Medical and sanitary report of the native army of Madras for the year
Year: 1875
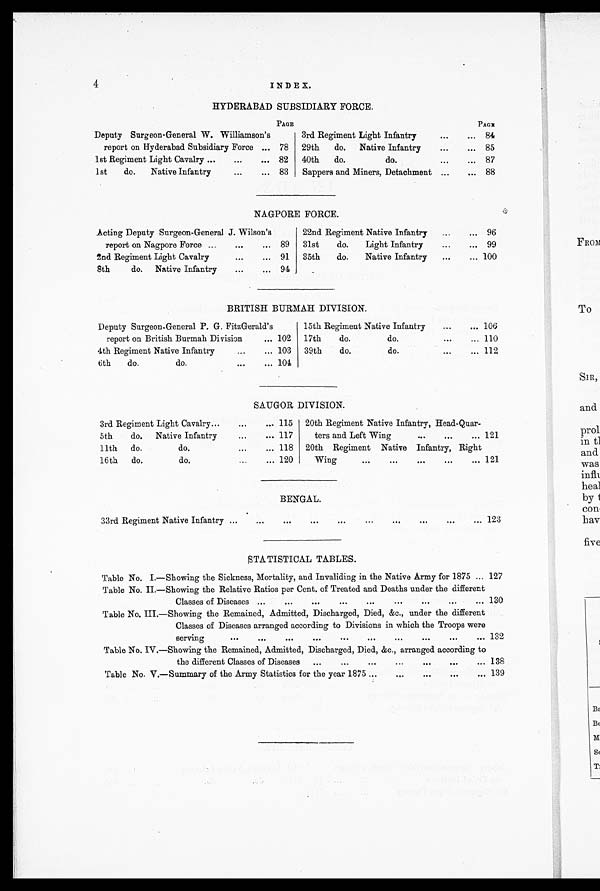
4
INDEX.
HYDERABAD SUBSIDIARY FORCE.
PAGE
PAGE
Deputy Surgeon-General W. Williamson's
3rd Regiment Light Infantry
...
... 84
report on Hyderabad Subsidiary Force ... 78 29th do. Native Infantry
...
... 85
1st Regiment Light Cavalry ...
...
... 82 40th do.
do.
...
... 87
1st
do. Native Infantry
...
... 83 Sappers and Miners, Detachment ...
... 88
NAGPORE FORCE.
Acting Deputy Surgeon-General J. Wilson's
22nd Regiment Native Infantry ...
... 96
report on Nagpore Force ...
...
... 89 31st
do.
Light Infantry
...
... 99
2nd Regiment Light Cavalry
...
... 91 35th do.
Native Infantry ...
... 100
8th
do. Native Infantry
...
... 94
BRITISH BURMAH DIVISION.
Deputy Surgeon-General P. G. FitzGerald's
15th Regiment Native Infantry
...
... 106
report on British Burmah Division
... 102 17th
do.
do.
...
... 110
4th Regiment Native Infantry
... 103 39th
do.
do.
...
... 112
6th do.
do.
...
... 104
SAUGOR DIVISION.
3rd Regiment Light Cavalry...
...
... 115 20th Regiment Native Infantry, Head-Quar
-
ters and Left Wing
...
...
... 121
5th
do. Native Infantry
...
... 117
11th do.
do.
...
... 118 20th Regiment Native Infantry, Right
Wing
...
...
...
...
... 121
16th do.
do.
...
... 120
BENGAL.
33rd Regiment Native Infantry ...
...
...
...
...
...
...
...
...
... 123
STATISTICAL TABLES.
Table No. I.—Showing the Sickness, Mortality, and Invaliding in the Native Army for 1875 ... 127
Table No. II.—Showing the Relative Ratios per Cent. of Treated and Deaths under the different
Classes of Diseases ...
...
...
...
...
...
...
...
... 130
Table No. III.—Showing the Remained, Admitted, Discharged, Died, &c., under the different
Classes of Diseases arranged according to Divisions in which the Troops were
serving
...
...
...
...
...
...
...
...
...
... 132
Table No. IV.—Showing the Remained, Admitted, Discharged, Died, &c., arranged according to
the different Classes of Diseases ...
...
...
...
...
. . . 138
Table No. V.—Summary of the Army Statistics for the year 1875 ...
...
...
...
... 139